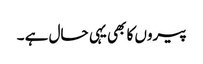
پیروں کا بھی یہی حال ہے ۔